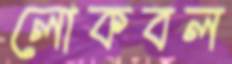
লোকবল